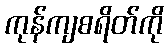
ကုန်ကျစရိတ်ကို